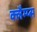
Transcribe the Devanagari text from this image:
क्लैम्प्स